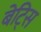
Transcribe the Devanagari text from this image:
बेट्सि